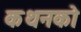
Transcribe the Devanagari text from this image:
कथनको